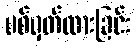
ပစ်မှတ်ထားခြင်း